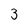
Character: 3